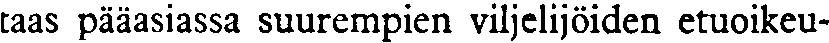
taas pääasiassa suurempien viljelijöiden etuoikeu-